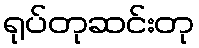
ရုပ်တုဆင်းတု